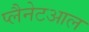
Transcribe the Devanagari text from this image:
प्लैनेटआल